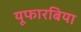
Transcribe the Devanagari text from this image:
यूफारबिया